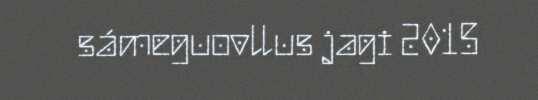
sámeguovllus jagi 2015